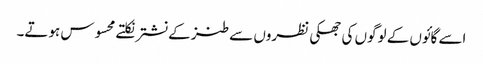
اسے گائوں کے لوگوں کی جھکی نظروں سے طنز کے نشترنکلتے محسوس ہوتے۔